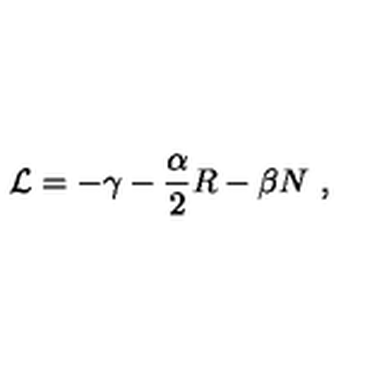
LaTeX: { \cal L } = - \gamma - \frac { \alpha } { 2 } R - \beta N \ ,